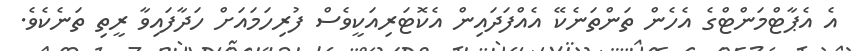
އެ އެޕާޓްމަންޓްގެ އެހެން ތަންތަނެކޭ އެއްފަދައިން އެކޮޓަރިއަކީވެސް ފުރިހަމައަށް ހަދާފައިވާ ރީތި ތަނެކެވެ.